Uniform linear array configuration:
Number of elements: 32
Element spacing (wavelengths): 0.75
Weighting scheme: uniform
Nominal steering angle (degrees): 45
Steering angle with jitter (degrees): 45.019
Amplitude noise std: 0.05
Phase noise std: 0.05

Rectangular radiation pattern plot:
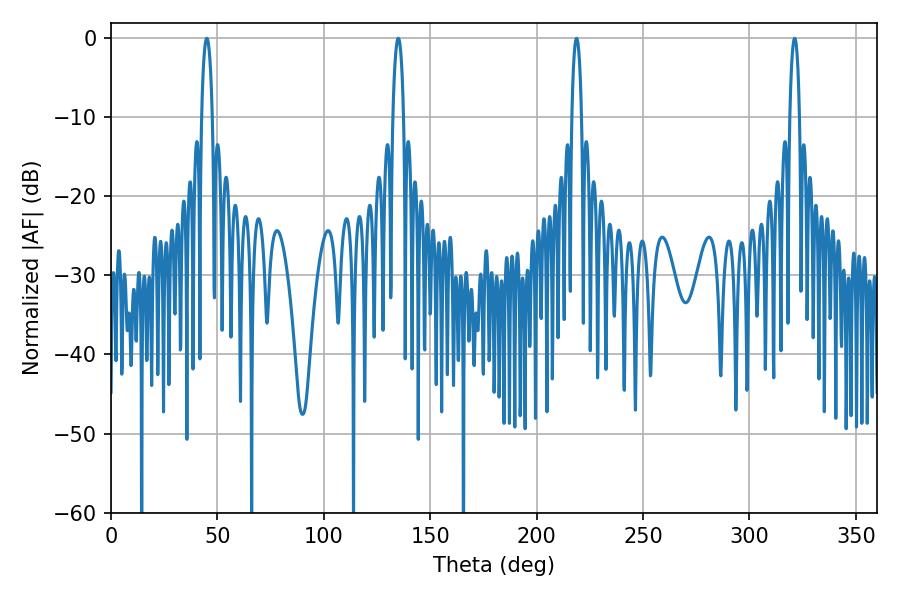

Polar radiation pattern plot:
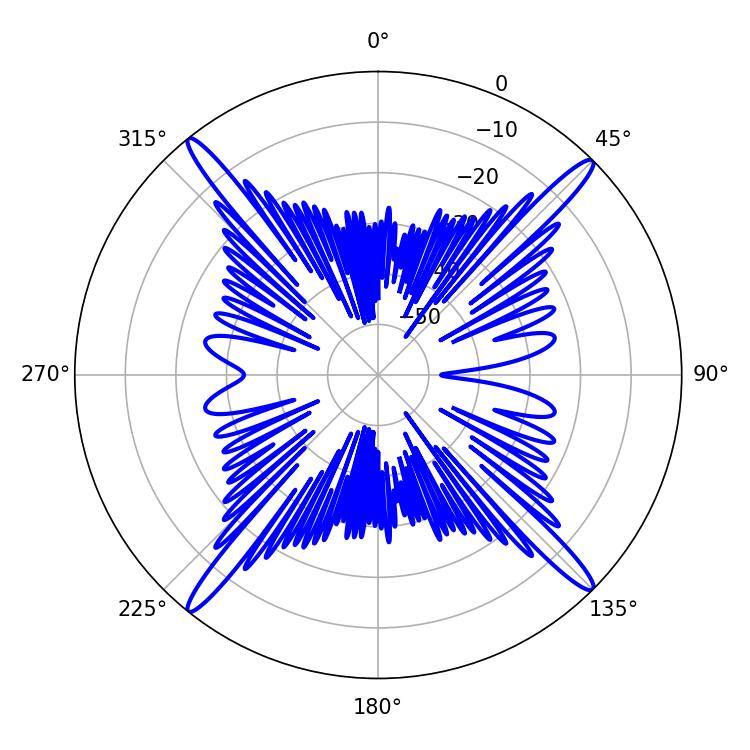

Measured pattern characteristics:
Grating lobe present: TRUE
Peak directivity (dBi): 20.905
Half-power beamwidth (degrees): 2.88
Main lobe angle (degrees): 45